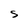
Character: S